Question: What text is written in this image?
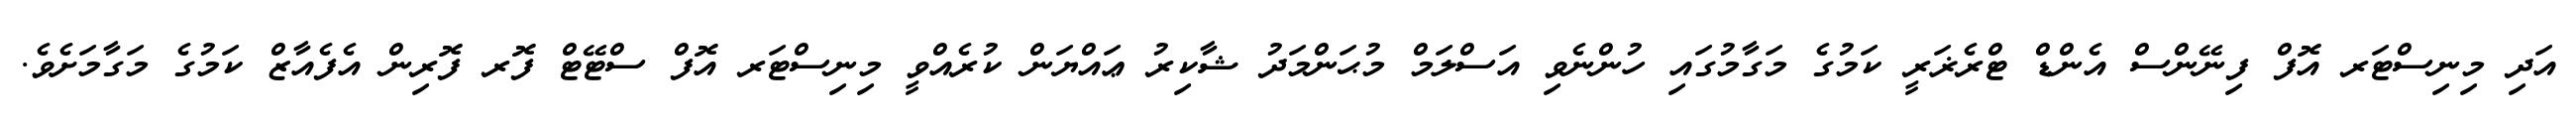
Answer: އަދި މިނިސްޓަރ އޮފް ފިނޭންސް އެންޑް ޓްރެޜަރީ ކަމުގެ މަގާމުގައި ހުންނެވި އަސްލަމް މުޙަންމަދު ޝާކިރު ޢައްޔަން ކުރެއްވީ މިނިސްޓަރ އޮފް ސްޓޭޓް ފޮރ ފޮރިން އެފެއާޒް ކަމުގެ މަގާމަށެވެ.